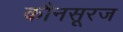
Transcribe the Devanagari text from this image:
कौनसूरज